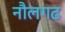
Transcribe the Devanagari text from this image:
नौलगढ